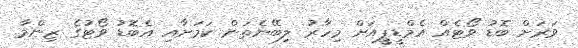
ވަރަށް ބޮޑު ވޯޓެއް އެމްޑީޕީއަށް މިހާރު ލިބޭނެތަން ކަމަށާއި އެބޮޑު ވޯޓުގެ ޒިންމާ